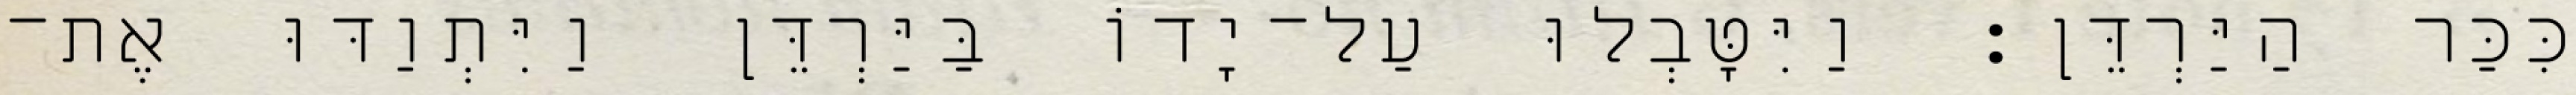
כִּכַּר הַיַּרְדֵּן׃ וַיִּטָּבְלוּ עַל־יָדוֹ בַּיַּרְדֵּן וַיִּתְוַדּוּ אֶת־